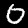
Digit: 0